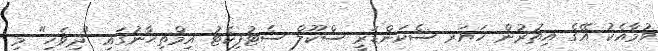
ވުމާއެކު އޭގެ އިތުރުން ހަޔަރ ސެކަންޑަރީ ސްކޫލް ސެޓުފިކެޓު އިމްތިޙާނުގައި "ދިވެހި" މި